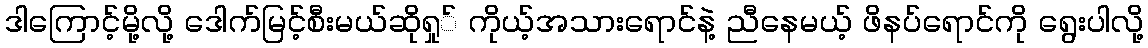
ဒါကြောင့်မို့လို့ ဒေါက်မြင့်စီးမယ်ဆိုရှု် ကိုယ့်အသားရောင်နဲ့ ညီနေမယ့် ဖိနပ်ရောင်ကို ရွေးပါလို့